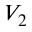
V _ { 2 }